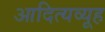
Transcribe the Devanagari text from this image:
आदित्यव्यूह